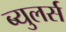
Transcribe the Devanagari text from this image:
ब्युलर्स